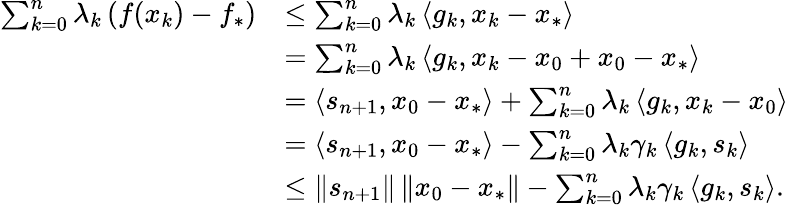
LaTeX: \begin{array}{rl}{\sum_{k=0}^{n}\lambda_{k}\left(f(x_{k})-f_{*}\right)}&{\leq\sum_{k=0}^{n}\lambda_{k}\left\langle g_{k},x_{k}-x_{*}\right\rangle}\\ &{=\sum_{k=0}^{n}\lambda_{k}\left\langle g_{k},x_{k}-x_{0}+x_{0}-x_{*}\right\rangle}\\ &{=\left\langle s_{n+1},x_{0}-x_{*}\right\rangle+\sum_{k=0}^{n}\lambda_{k}\left\langle g_{k},x_{k}-x_{0}\right\rangle}\\ &{=\left\langle s_{n+1},x_{0}-x_{*}\right\rangle-\sum_{k=0}^{n}\lambda_{k}\gamma_{k}\left\langle g_{k},s_{k}\right\rangle}\\ &{\leq\left\Vert s_{n+1}\right\Vert\left\Vert x_{0}-x_{*}\right\Vert-\sum_{k=0}^{n}\lambda_{k}\gamma_{k}\left\langle g_{k},s_{k}\right\rangle.}\end{array}